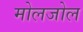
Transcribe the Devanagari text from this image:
मोलजोल